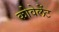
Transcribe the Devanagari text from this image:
कोवेलेंट